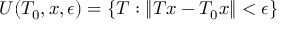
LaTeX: U ( T _ { 0 } , x , \epsilon ) = \{ T : \| T x - T _ { 0 } x \| < \epsilon \}